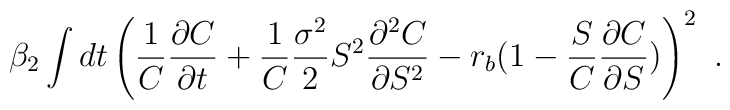
\beta_2 \int dt\left(\frac1C \frac{\partial C}{\partial t} +\frac1C \frac{\sigma^2}{2} S^2 \frac{\partial^2 C}{\partial S^2} -r_b (1 - \frac SC\frac{\partial C}{\partial S})\right)^2 \ .